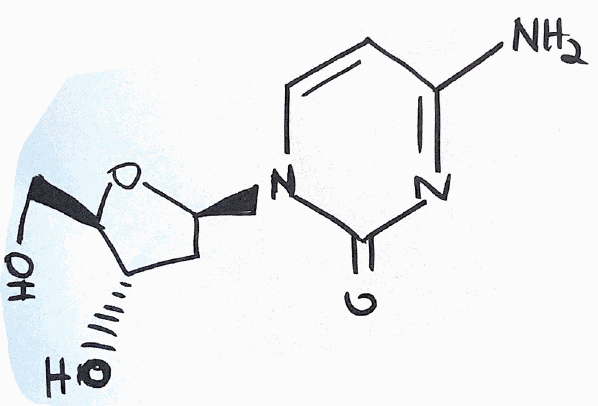
Simplified molecular-input line-entry system (SMILES) notation of the given molecule:
C1[C@@H]([C@H](O[C@H]1N2C=CC(=NC2=O)N)CO)O